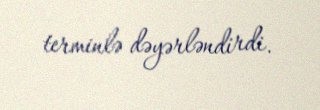
terminlə dəyərləndirdi.